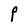
Character: P